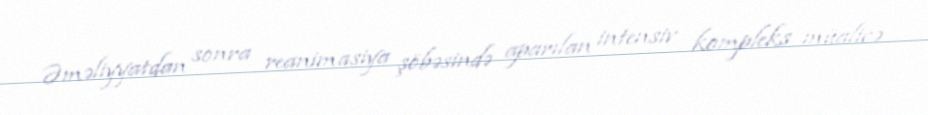
Əməliyyatdan sonra reanimasiya şöbəsində aparılan intensiv kompleks müalicə